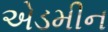
એડમીન